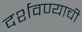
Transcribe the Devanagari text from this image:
दर्शवण्याची